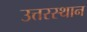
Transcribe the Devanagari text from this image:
उत्तरस्थान